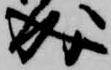
成